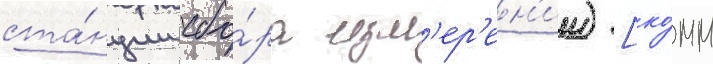
ста́нции сбо́ра изм'ер'ен'ии) [ко́мм